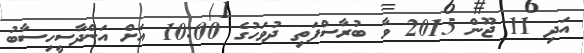
އަދި 11 ޖޫން 2015 ވާ ބުރާސްފަތި ދުވަހުގެ 10:00 އަށް އަންދާސީހިސާބު